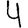
Digit: 4